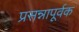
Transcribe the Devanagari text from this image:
प्रसन्नापूर्वक